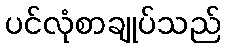
ပင်လုံစာချုပ်သည်